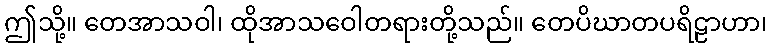
ဤသို့။ တေအာသဝါ၊ ထိုအာသဝေါတရားတို့သည်။ တေပိဃာတပရိဠာဟာ၊